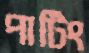
পাটিং